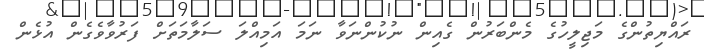
ރައްޔިތުންގެ މަޖިލީހުގެ މެންބަރުން ގެއިން ނުކުންނަވާ ނަމަ އަމިއްލަ ސަލާމަތަށް ފަރުވާވެގެން އުޅެން